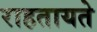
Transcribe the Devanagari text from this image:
राहतायते